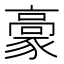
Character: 𩫕